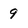
Character: 9